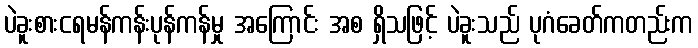
ပဲခူးစားငရမန်ကန်းပုန်ကန်မှု အကြောင်း အစ ရှိသဖြင့် ပဲခူးသည် ပုဂံခေတ်ကတည်းက